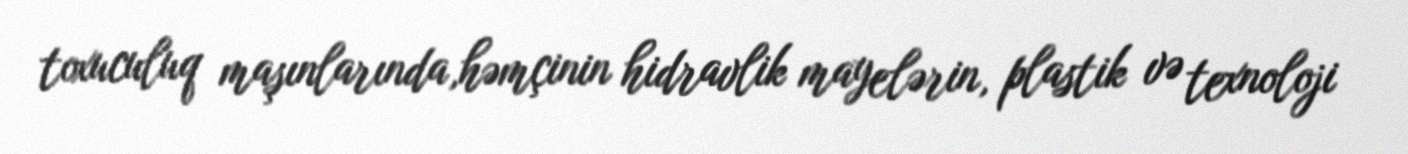
toxuculuq maşınlarında,həmçinin hidravlik mayelərin, plastik və texnoloji